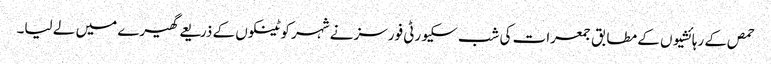
حمص کے رہائشیوں کے مطابق جمعرات کی شب سکیورٹی فورسز نے شہر کو ٹینکوں کے ذریعے گھیرے میں لے لیا۔